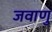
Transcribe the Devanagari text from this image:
जवाणु